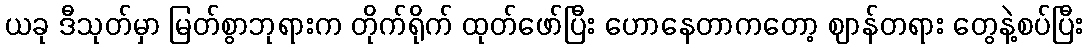
ယခု ဒီသုတ်မှာ မြတ်စွာဘုရားက တိုက်ရိုက် ထုတ်ဖော်ပြီး ဟောနေတာကတော့ ဈာန်တရား တွေနဲ့စပ်ပြီး